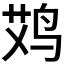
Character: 𱉪